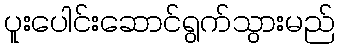
ပူးပေါင်းဆောင်ရွက်သွားမည်